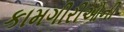
કામગીરીઓની